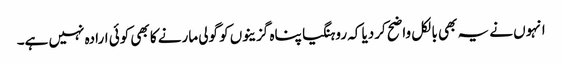
انہوں نے یہ بھی بالکل واضح کردیا کہ روہنگیا پناہ گزینوں کو گولی مارنے کا بھی کوئی ارادہ نہیں ہے۔